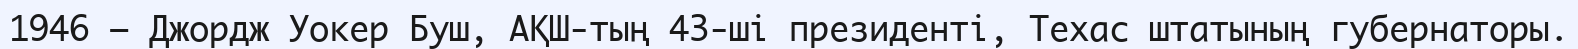
1946 — Джордж Уокер Буш, АҚШ-тың 43-ші президенті, Техас штатының губернаторы.